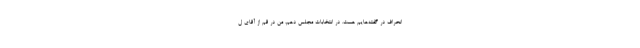
انحراف در گفته‌هایم هست. در انتخابات مجلس دهم، من در قم از آقای ل